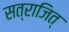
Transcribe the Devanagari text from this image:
सत्राजित्